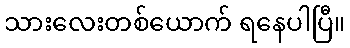
သားလေးတစ်ယောက် ရနေပါပြီ။